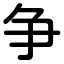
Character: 争